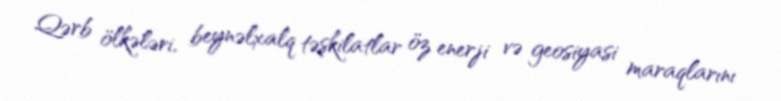
Qərb ölkələri, beynəlxalq təşkilatlar öz enerji və geosiyasi maraqlarını